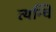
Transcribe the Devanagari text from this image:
त्यन्चि